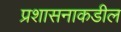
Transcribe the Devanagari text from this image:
प्रशासनाकडील